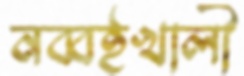
নব্বইখালী